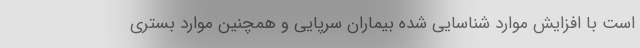
است با افزایش موارد شناسایی شده بیماران سرپایی و همچنین موارد بستری